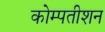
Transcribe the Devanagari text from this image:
कोम्पतीशन